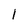
Character: l